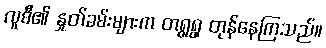
လူစီ၏ နှုတ်ခမ်းများက တရွရွ တုန်နေကြသည်။